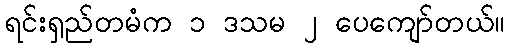
ရင်းရှည်တမံက ၁ ဒသမ ၂ ပေကျော်တယ်။